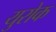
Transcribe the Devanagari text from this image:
युरोक